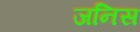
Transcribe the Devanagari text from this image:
जनिस